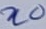
Text: n0